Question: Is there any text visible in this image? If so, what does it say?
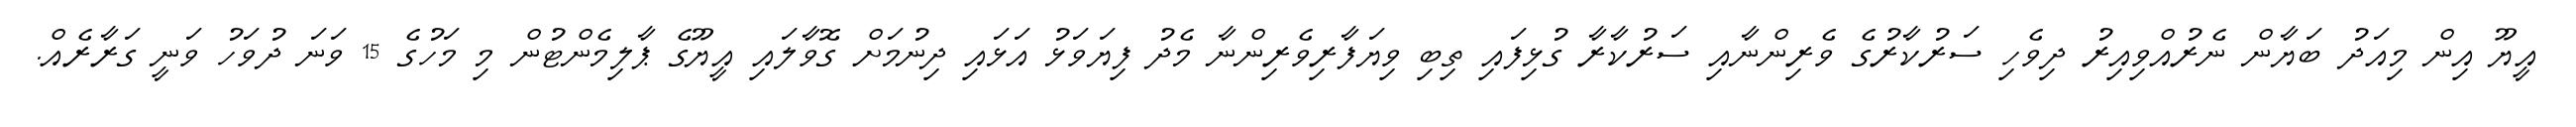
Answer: އީޔޫ އިން މިއަދު ބަޔާން ނެރުއްވިއިރު ދިވެހި ސަރުކާރުގެ ވެރިންނާއި ސަރުކާރާ ގުޅިފައި ތިބި ވިޔަފާރިވެރިންނާ މެދު ފިޔަވަޅު އަޅައި ދިނުމަށް ގޮވާލައި އީޔޫގެ ޕާލިމެންޓުން މި މަހުގެ 15 ވަނަ ދުވަހު ވަނީ ގަރާރެއް.